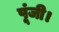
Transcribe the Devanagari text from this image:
पूंजी।